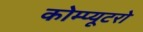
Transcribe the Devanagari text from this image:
कोम्प्यूटरो